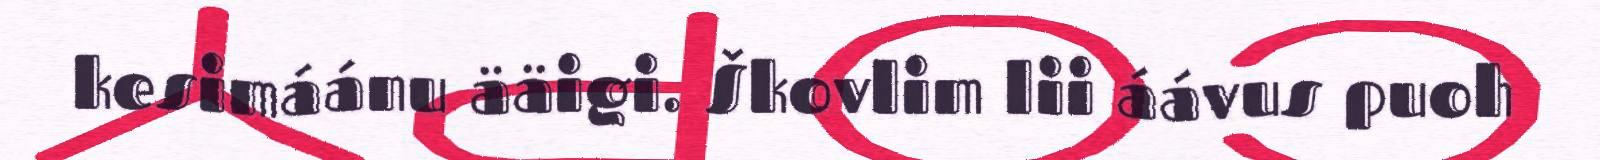
kesimáánu ääigi. Škovlim lii áávus puoh